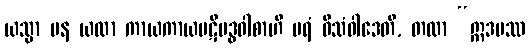
ယသ္မာ ပန ယထာ ကာယကာယပဋိဗဒ္ဓဝါစာဟိ ပရံ ဝိသံဝါဒေတိ, တထာ “ဣဒမဿ